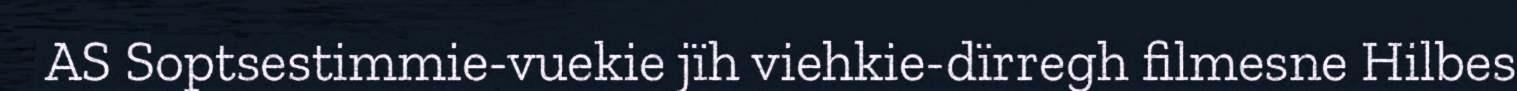
AS Soptsestimmie-vuekie jïh viehkie-dïrregh filmesne Hilbes